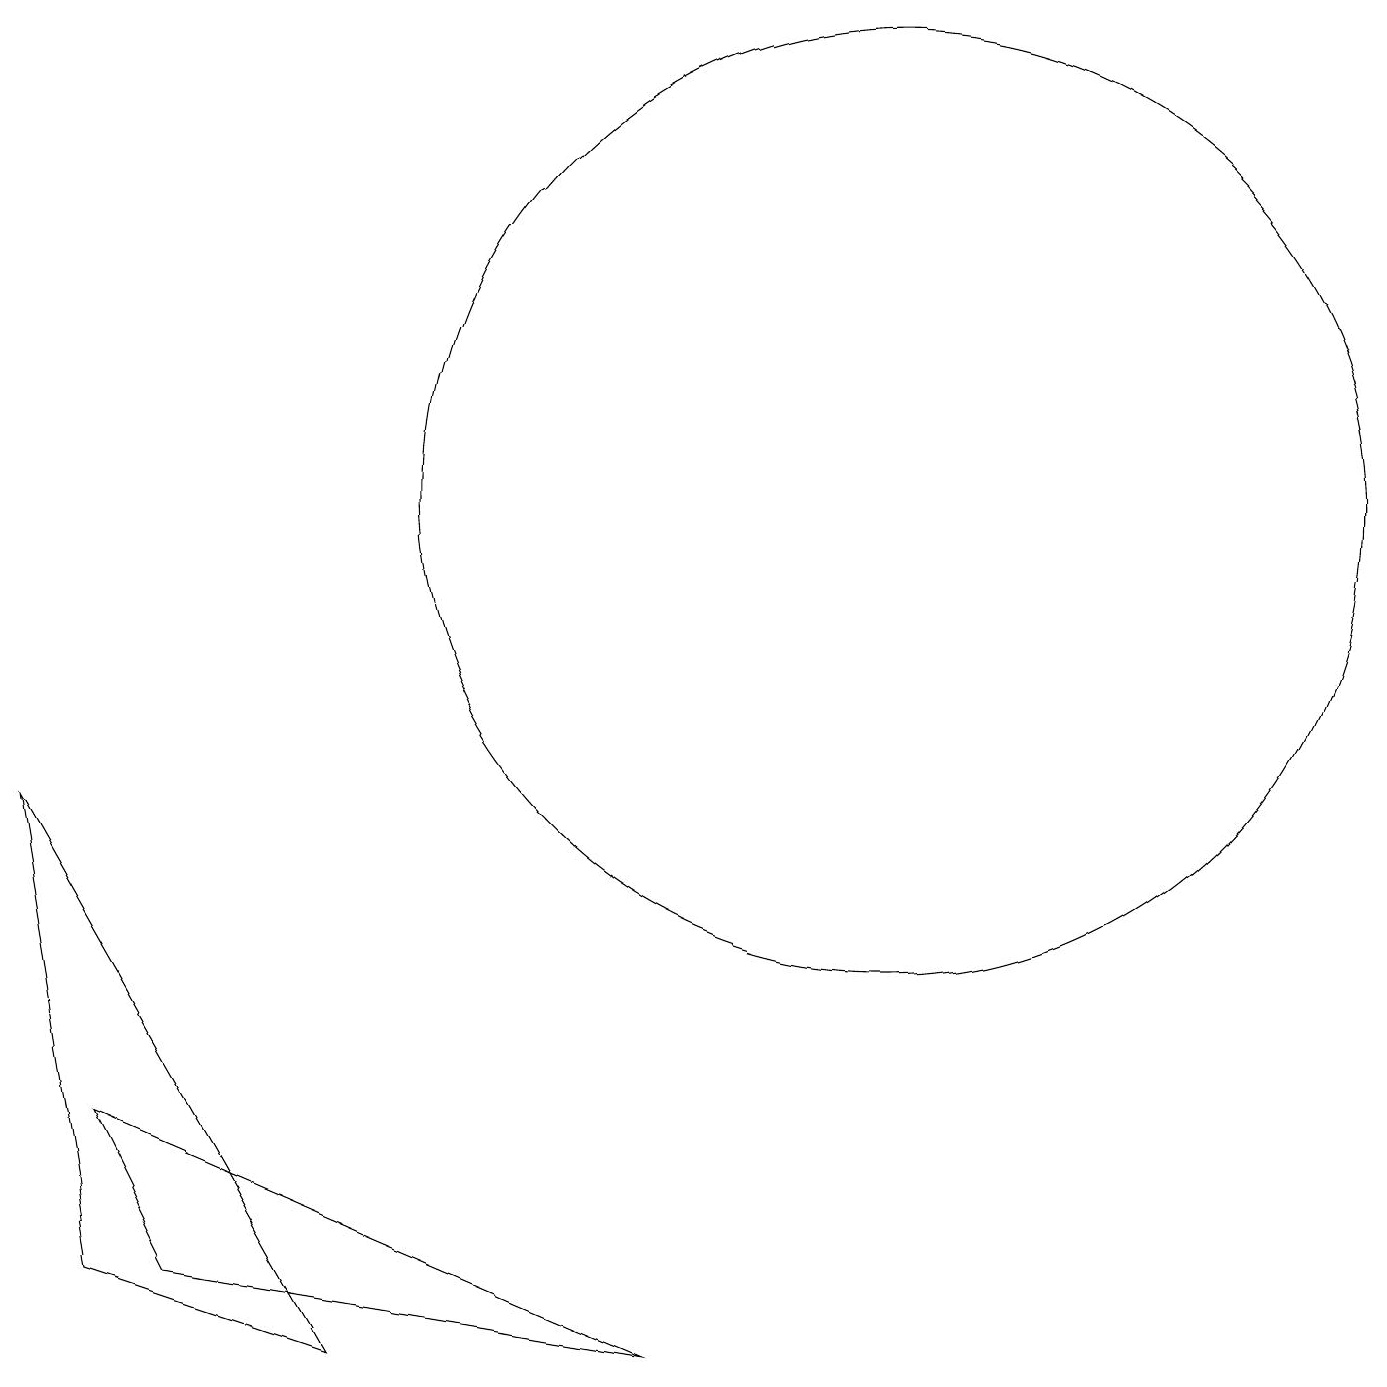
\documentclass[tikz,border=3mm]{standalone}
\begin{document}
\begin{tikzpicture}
\draw (3,1) -- (9,0) -- (2,3) -- cycle;
\draw (12,11) circle (6);
\draw (2,1) -- (5,0) -- (1,7) -- cycle;
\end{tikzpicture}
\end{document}